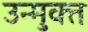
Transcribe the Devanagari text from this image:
उन्‍मुक्‍त